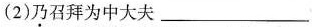
(2)乃召拜为中大夫___